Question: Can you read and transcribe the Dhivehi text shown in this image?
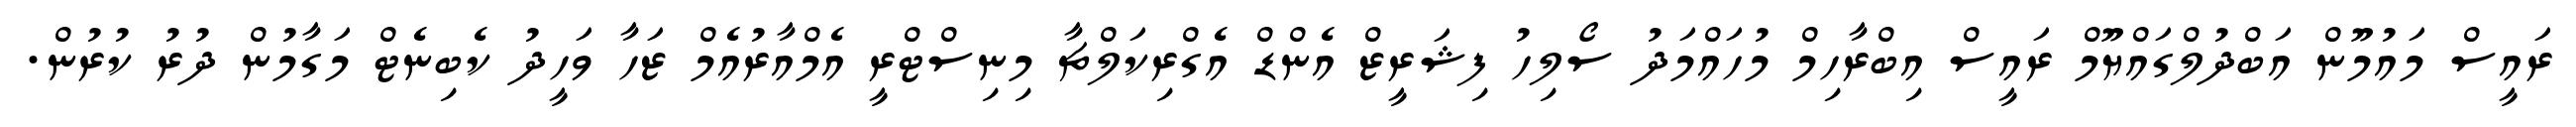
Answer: ރައީސް މައުމޫން އަބްދުލްގައްޔޫމް ރައީސް އިބްރާހިމް މުހައްމަދު ސޯލިހު ފިޝަރީޒް އެންޑް އެގްރިކަލްޗާ މިނިސްޓްރީ އެމްއާރުއެމް ޒަހާ ވަހީދު ކެބިނެޓް މަގާމުން ދުރު ކުރުން.